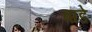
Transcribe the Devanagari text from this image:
बांडे